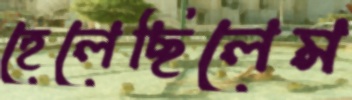
হেলেছিলেম